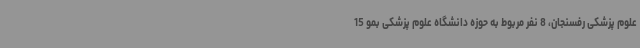
علوم پزشکی رفسنجان، 8 نفر مربوط به حوزه دانشگاه علوم پزشکی بمو 15